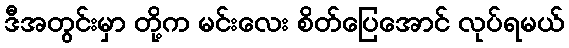
ဒီအတွင်းမှာ တို့က မင်းလေး စိတ်ပြေအောင် လုပ်ရမယ်